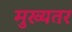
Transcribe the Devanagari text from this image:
मुख्यतर